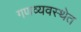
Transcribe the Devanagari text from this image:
गणव्यवस्थेत